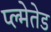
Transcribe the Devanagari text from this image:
प्ल्मेतेड